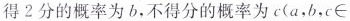
得2分的概率为b，不得分的概率为c(a，b，c∈